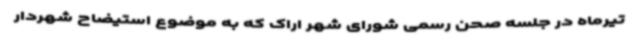
تیرماه در جلسه صحن رسمی شورای شهر اراک که به موضوع استیضاح شهردار